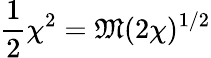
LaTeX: {\frac{1}{2}}\chi^{2}={\mathfrak{M}}(2\chi)^{1/2}